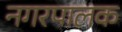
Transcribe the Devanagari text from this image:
नगरपालक